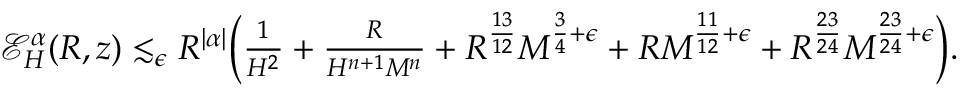
\begin{array} { r } { \mathcal { E } _ { H } ^ { \alpha } ( R , z ) \lesssim _ { \epsilon } R ^ { | \alpha | } \biggr ( \frac { 1 } { H ^ { 2 } } + \frac { R } { H ^ { n + 1 } M ^ { n } } + R ^ { \frac { 1 3 } { 1 2 } } M ^ { \frac { 3 } { 4 } + \epsilon } + R M ^ { \frac { 1 1 } { 1 2 } + \epsilon } + R ^ { \frac { 2 3 } { 2 4 } } M ^ { \frac { 2 3 } { 2 4 } + \epsilon } \biggr ) . } \end{array}